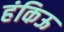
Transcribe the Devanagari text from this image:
हंकिऊ